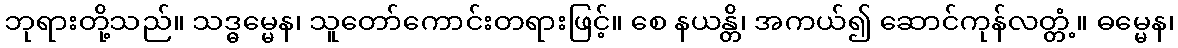
ဘုရားတို့သည်။ သဒ္ဓမ္မေန၊ သူတော်ကောင်းတရားဖြင့်။ စေ နယန္တိ၊ အကယ်၍ ဆောင်ကုန်လတ္တံ့။ ဓမ္မေန၊